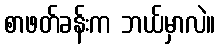
စာဖတ်ခန်းက ဘယ်မှာလဲ။